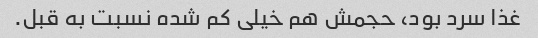
غذا سرد بود، حجمش هم خیلی کم شده نسبت به قبل.